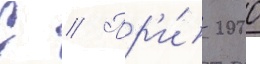
С // Пр'и́ 2000